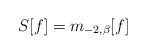
LaTeX: \begin{align*}S[f]=m_{-2,\beta}[f]\end{align*}